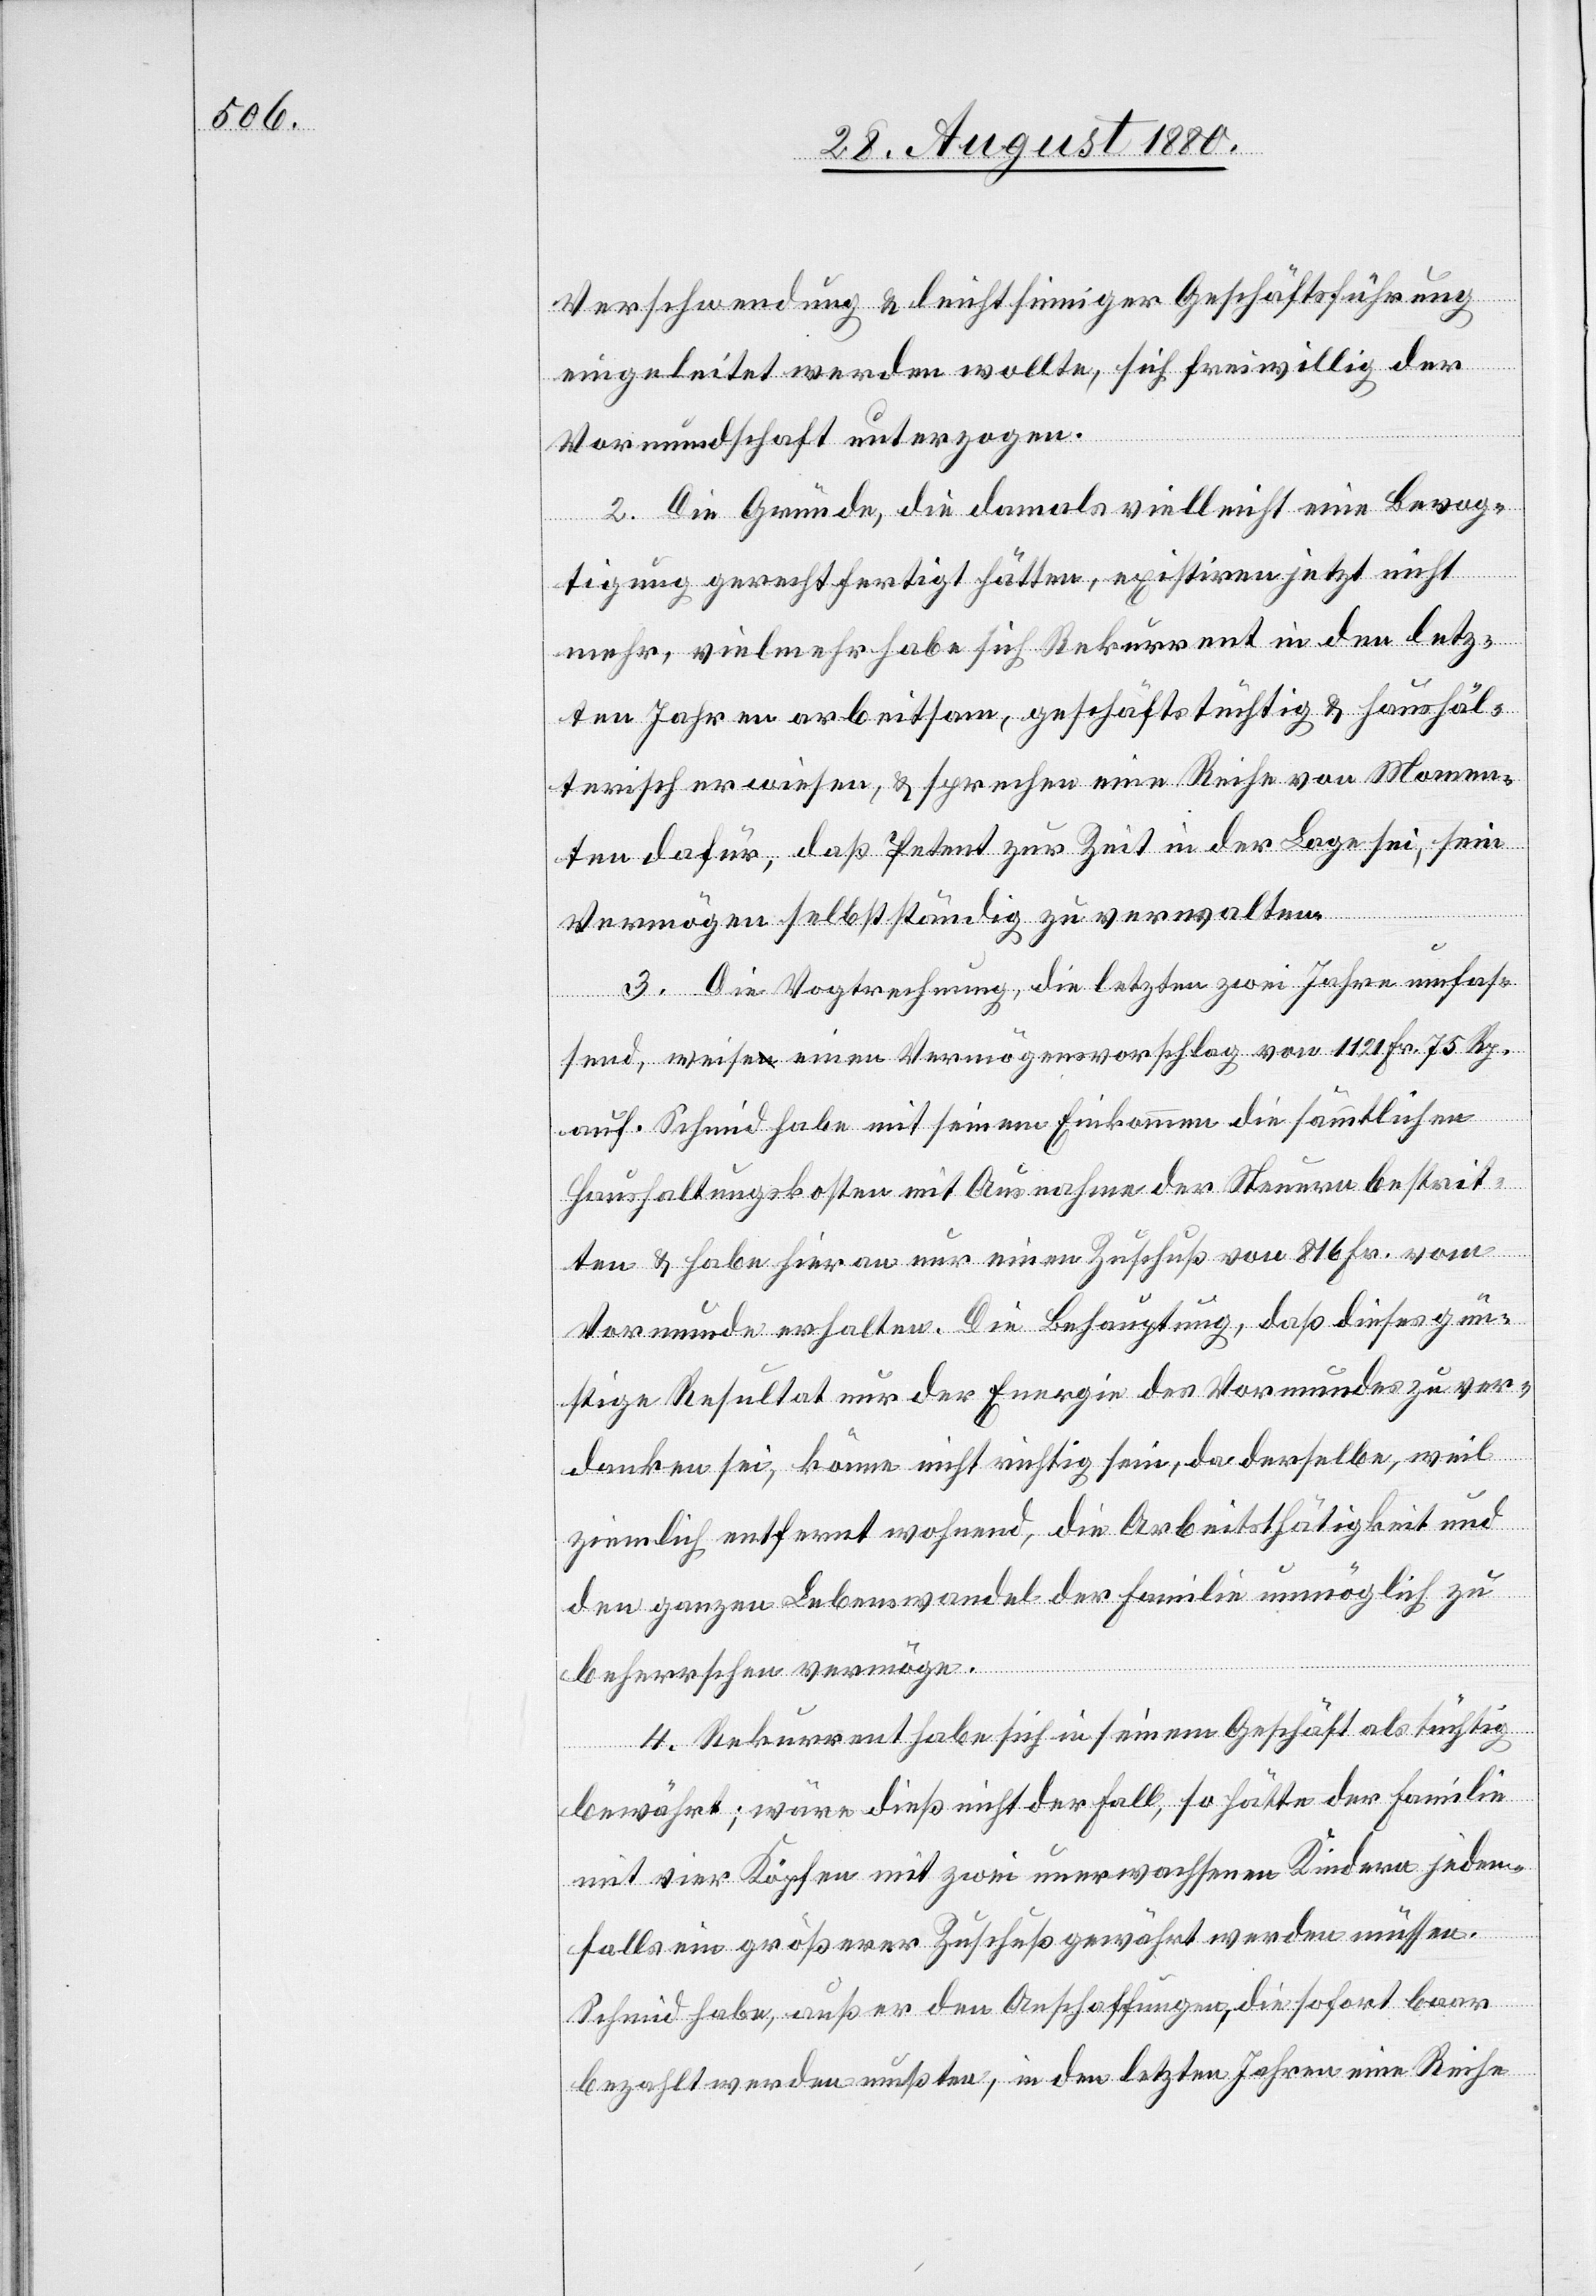
Verschwendung & leichtsinniger Geschäftsführung
eingeleitet werden wollte, sich freiwillig der
Vormundschaft unterzogen.
2. Die Gründe, die damals vielleicht eine Bevog¬
tigung gerechtfertigt hätten, existiren jetzt nicht
mehr, vielmehr habe sich Rekurrent in den letz¬
ten Jahren arbeitsam, geschäftstüchtig & haushäl¬
terisch erwiesen, & sprechen eine Reihe von Momen¬
ten dafür, daß Petent zur Zeit in der Lage sei, sein
Vermögen selbständig zu verwalten.
3. Die Vogtrechnung, die letzten zwei Jahre umfas¬
send, weise einen Vermögensvorschlag von 1120 Fr. 75 Rp.
auf. Schmid habe mit seinem Einkommen die sämmtlichen
Haushaltungskosten mit Ausnahme der Steuern bestrit¬
ten & habe hieran nur einen Zuschuß von 816 Fr. vom
Vormunde erhalten. Die Behauptung, daß dieses gün¬
stige Resultat nur der Energie des Vormundes zu ver¬
danken sei, könne nicht richtig sein, da derselbe, weil
ziemlich entfernt wohnen, die Arbeitstätigkeit und
den ganzen Lebenswandel der Familie unmöglich zu
beherrschen vermöge.
4. Rekurrent habe sich in seinem Geschäft als tüchtig
bewährt; wäre dieß nicht der Fall, so hätte der Familie
mit vier Köpfen mit zwei unerwachsenen Kindern jeden¬
falls ein größerer Zuschuß gewährt werden müssen.
Schmid habe, außer den Anschaffungen, die sofort baar
bezahlt werden mußten, in den letzten Jahren eine Reihe